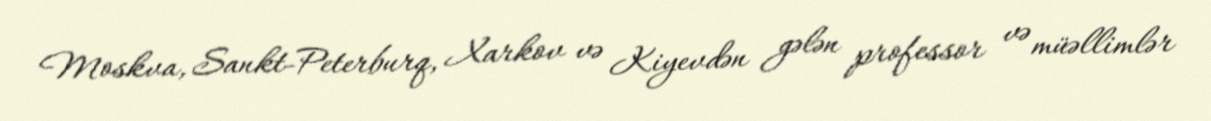
Moskva, Sankt-Peterburq, Xarkov və Kiyevdən gələn professor və müəllimlər